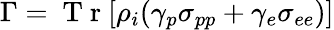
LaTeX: \Gamma=\mathrm{~T~r~}[{\rho}_{i}(\gamma_{p}{\sigma}_{pp}+\gamma_{e}{\sigma}_{ee})]